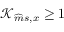
\mathcal { K } _ { \widehat { m } s , x } \geq 1